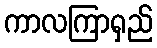
ကာလကြာရှည်